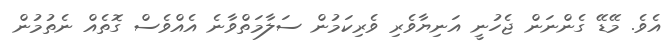
އެވެ. މޭޑޭ ގެންނަން ޖެހުނީ އަނިޔާވެރި ވެރިކަމުން ސަލާމަތްވާނެ އެއްވެސް ގޮތެއް ނެތުމުން